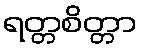
ရတ္တစိတ္တာ